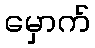
မှောက်